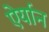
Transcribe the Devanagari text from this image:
ऐर्यान